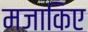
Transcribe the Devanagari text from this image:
मजाकिए